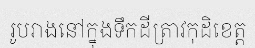
រូបរាងនៅក្នុងទឹកដីត្រាវកុដិខេត្ត